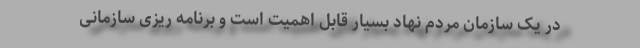
در یک سازمان مردم نهاد بسیار قابل اهمیت است و برنامه ریزی سازمانی